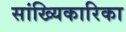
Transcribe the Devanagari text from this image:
सांख्यिकारिका